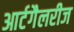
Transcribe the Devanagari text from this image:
आर्टगैलरीज